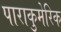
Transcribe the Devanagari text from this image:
पाराकुमेरिक